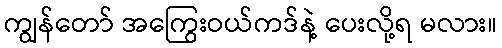
ကျွန်တော် အကြွေးဝယ်ကဒ်နဲ့ ပေးလို့ရ မလား။